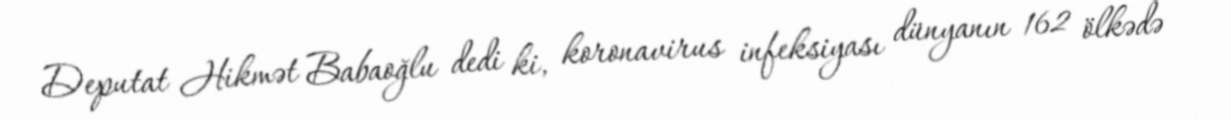
Deputat Hikmət Babaoğlu dedi ki, koronavirus infeksiyası dünyanın 162 ölkədə